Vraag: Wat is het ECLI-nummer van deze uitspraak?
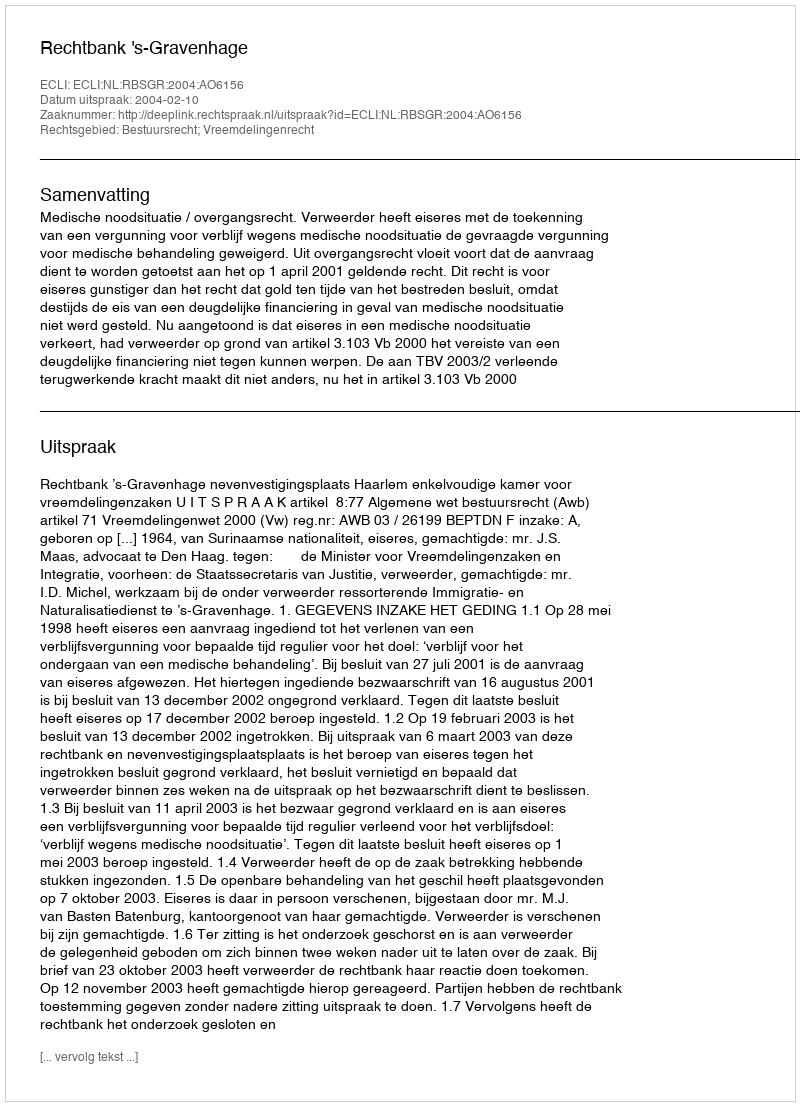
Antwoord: ECLI:NL:RBSGR:2004:AO6156